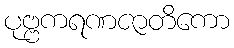
ပုဗ္ဗကရဏဇာတိကော